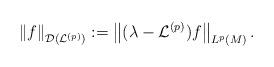
LaTeX: \begin{align*}\left\|f\right\|_{\mathcal{D}(\mathcal{L}^{(p)})}:=\left\|(\lambda-\mathcal{L}^{(p)})f\right\|_{L^p(M)}.\end{align*}